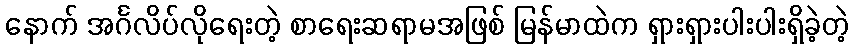
နောက် အင်္ဂလိပ်လိုရေးတဲ့ စာရေးဆရာမအဖြစ် မြန်မာထဲက ရှားရှားပါးပါးရှိခဲ့တဲ့